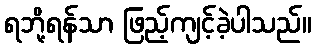
ရဘို့ရန်သာ ဖြည့်ကျင့်ခဲ့ပါသည်။